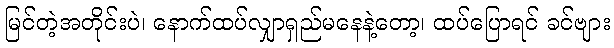
မြင်တဲ့အတိုင်းပဲ၊ နောက်ထပ်လျှာရှည်မနေနဲ့တော့၊ ထပ်ပြောရင် ခင်ဗျား